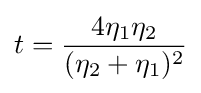
t={\frac {4\eta _{1}\eta _{2}}{(\eta _{2}+\eta _{1})^{2}}}